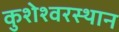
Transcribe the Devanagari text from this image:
कुशेश्वरस्थान